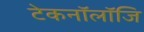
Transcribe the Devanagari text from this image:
टेकनॉलॉजि